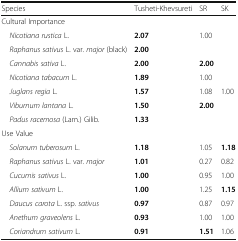
| Species | Tusheti-Khevsureti | SR | SK |
 | --- | --- | --- | --- |
 | <COLSPAN=4> Cultural Importance |
 | Nicotiana rustica L. | 2.07 | 1.00 |  |
 | Raphanus sativus L. var. major (black) | 2.00 |  |  |
 | Cannabis sativa L. | 2.00 | 2.00 |  |
 | Nicotiana tabacum L. | 1.89 | 1.00 |  |
 | Juglans regia L. | 1.57 | 1.08 | 1.00 |
 | Viburnum lantana L. | 1.50 | 2.00 |  |
 | Padus racemosa (Lam.) Gilib. | 1.33 |  |  |
 | <COLSPAN=4> Use Value |
 | Solanum tuberosum L. | 1.18 | 1.05 | 1.18 |
 | Raphanus sativus L. var. major | 1.01 | 0.27 | 0.82 |
 | Cucumis sativus L. | 1.00 | 0.95 | 1.00 |
 | Allium sativum L. | 1.00 | 1.25 | 1.15 |
 | Daucus carota L. ssp. sativus | 0.97 | 0.87 | 0.97 |
 | Anethum graveolens L. | 0.93 | 1.00 | 1.00 |
 | Coriandrum sativum L. | 0.91 | 1.51 | 1.06 |